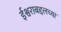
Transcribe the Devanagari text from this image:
ईश्वराबद्दलच्या